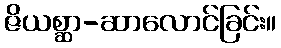
ဇိယစ္ဆာ-ဆာလောင်ခြင်း။